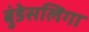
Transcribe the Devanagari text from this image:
बुंडेसलिगा